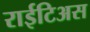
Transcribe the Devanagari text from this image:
राईटिअस